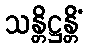
သန္တိဋ္ဌန္တိံ